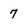
Character: 7